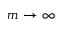
m \rightarrow \infty